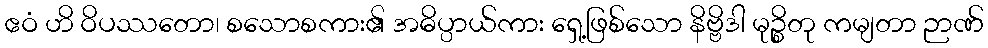
ဧဝံ ဟိ ဝိပဿတော၊ စသောစကား၏ အဓိပ္ပာယ်ကား ရှေ့ဖြစ်သော နိဗ္ဗိဒါ မုဉ္စိတု ကမျတာ ဉာဏ်